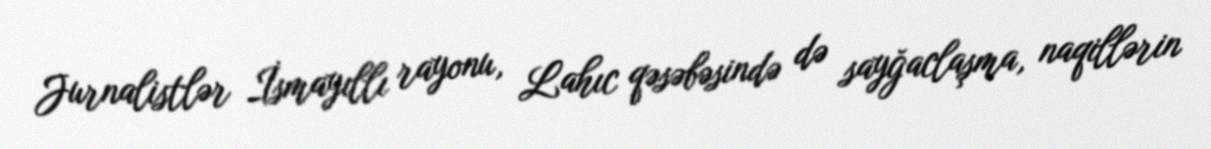
Jurnalistlər İsmayıllı rayonu, Lahıc qəsəbəsində də sayğaclaşma, naqillərin